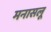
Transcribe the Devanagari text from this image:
मनासलू